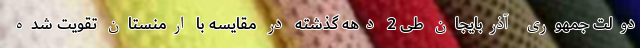
دولت جمهوری آذربایجان طی 2 دهه گذشته در مقایسه با ارمنستان تقویت شده